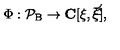
\Phi : \cal { P } _ { \mathrm { B } } \rightarrow \mathbf { C } [ \xi , \bar { \xi } ] ,